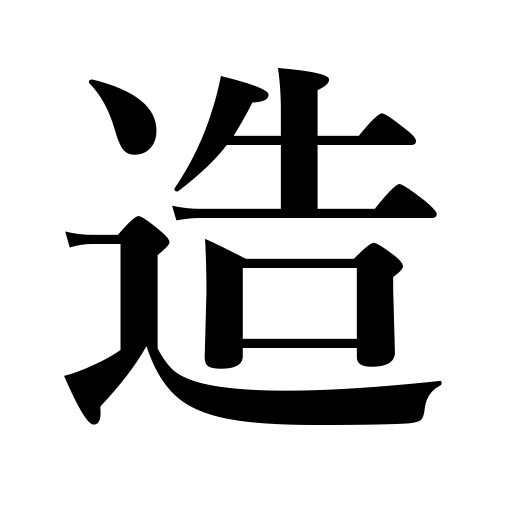
Meanings: prepare food,create,build,prepare,fabricate,compose,cultivate,organize,commit sin,make up a face,manufacture,coin,establish,draw up,make,write,trim a tree